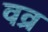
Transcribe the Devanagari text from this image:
वव्र